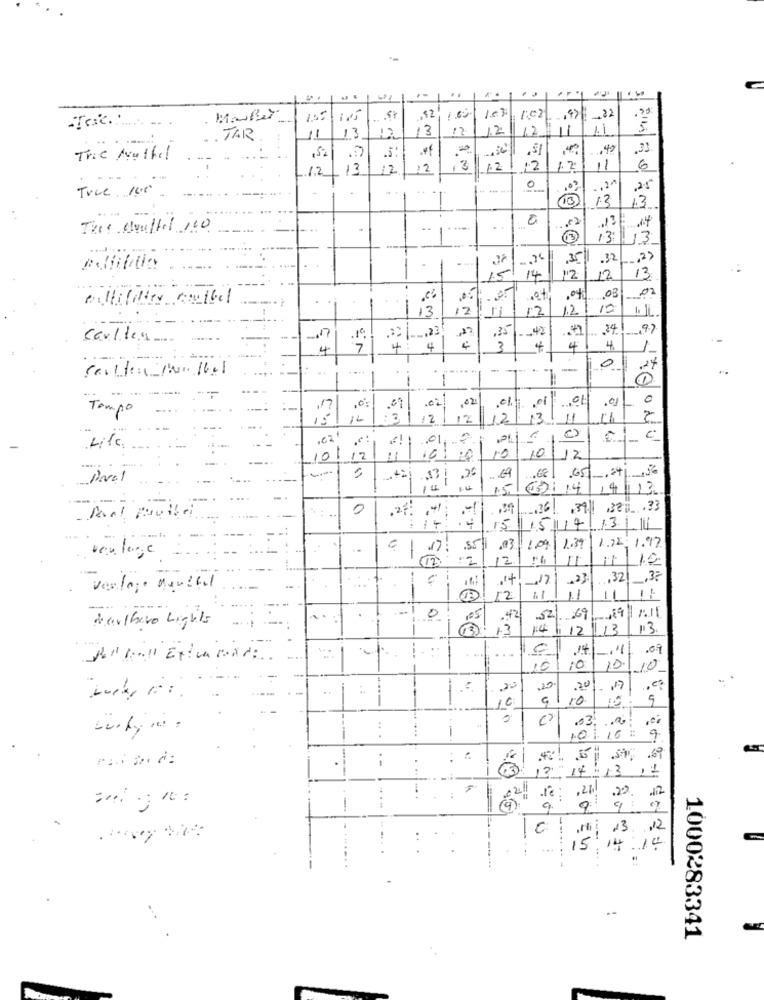
..
-Tat .....
..
10
.22
13
12
13
12
12|| 12
11
1.1
TAR
11
,5%
.4f
.90
.33
Trie Authel
.5:
13
12
12
3
12
12
11
6
1.2
0
,25
True 100
13
1.3
Thes touffer 100
..
-
13:
.32
14
12
12
13
milliliter couthel
,04 .03
12
15
-- 42
34 97
carlica
22/23
,35
4
4: 4
3
4
4
4
1
.....
0
1
-
0
Tempo
02
2
12
11
. .. .
,€2
.01
c
Life
10
12
10
12
--.
.26
1.5
621 14
14/13
....
0
.39
.39 ,321 .33
15
131111
verlage
--
.
9 | 17: 351
109 1.39
1.72, 1.97
12
11/12
--
.32 _, 37
Verlag Menthal
12
1.1
11
.
0
.42
52. . 69
Marlboro Lights
1.4
12
11 13
13
..
14
.09
Portal Externes.
--
10
10
10/10
-
23
.20
16
10
10
03.
$920
12
14
13 :1
12
.20
-
40.36
9
13
,12
-
......
15
14
--
1000283341